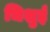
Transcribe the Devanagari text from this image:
चिशुई